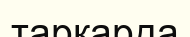
тарқарда